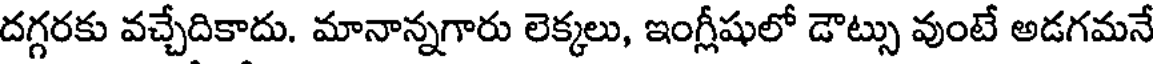
దగ్గరకు వచ్చేదికాదు. మానాన్నగారు లెక్కలు, ఇంగ్లీషులో డౌట్సు వుంటే అడగమనే